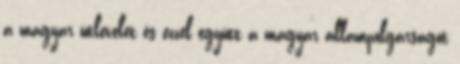
a magyar útlevelet és ezzel együtt a magyar állampolgárságot